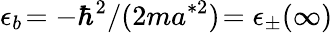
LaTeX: \epsilon_{b}\! =-\hbar^{2}/(2ma^{*2})\! =\epsilon_{\pm}(\infty)